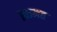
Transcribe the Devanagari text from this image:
इसमत